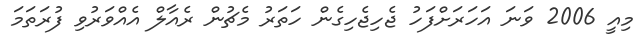
މިއީ 2006 ވަނަ އަހަރަށްފަހު ޖެހިޖެހިގެން ހަތަރު މެޗުން ރެއާލް އެއްވަރުވި ފުރަތަމަ